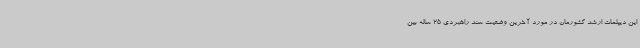
این دیپلمات ارشد کشورمان در مورد آخرین وضعیت سند راهبردی 25 ساله بین